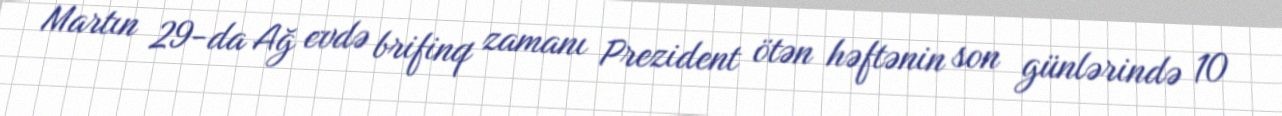
Martın 29-da Ağ evdə brifinq zamanı Prezident ötən həftənin son günlərində 10